65_HS1-834228961_62-HQ-83894_Section_5
Agency: FBI
Page 121
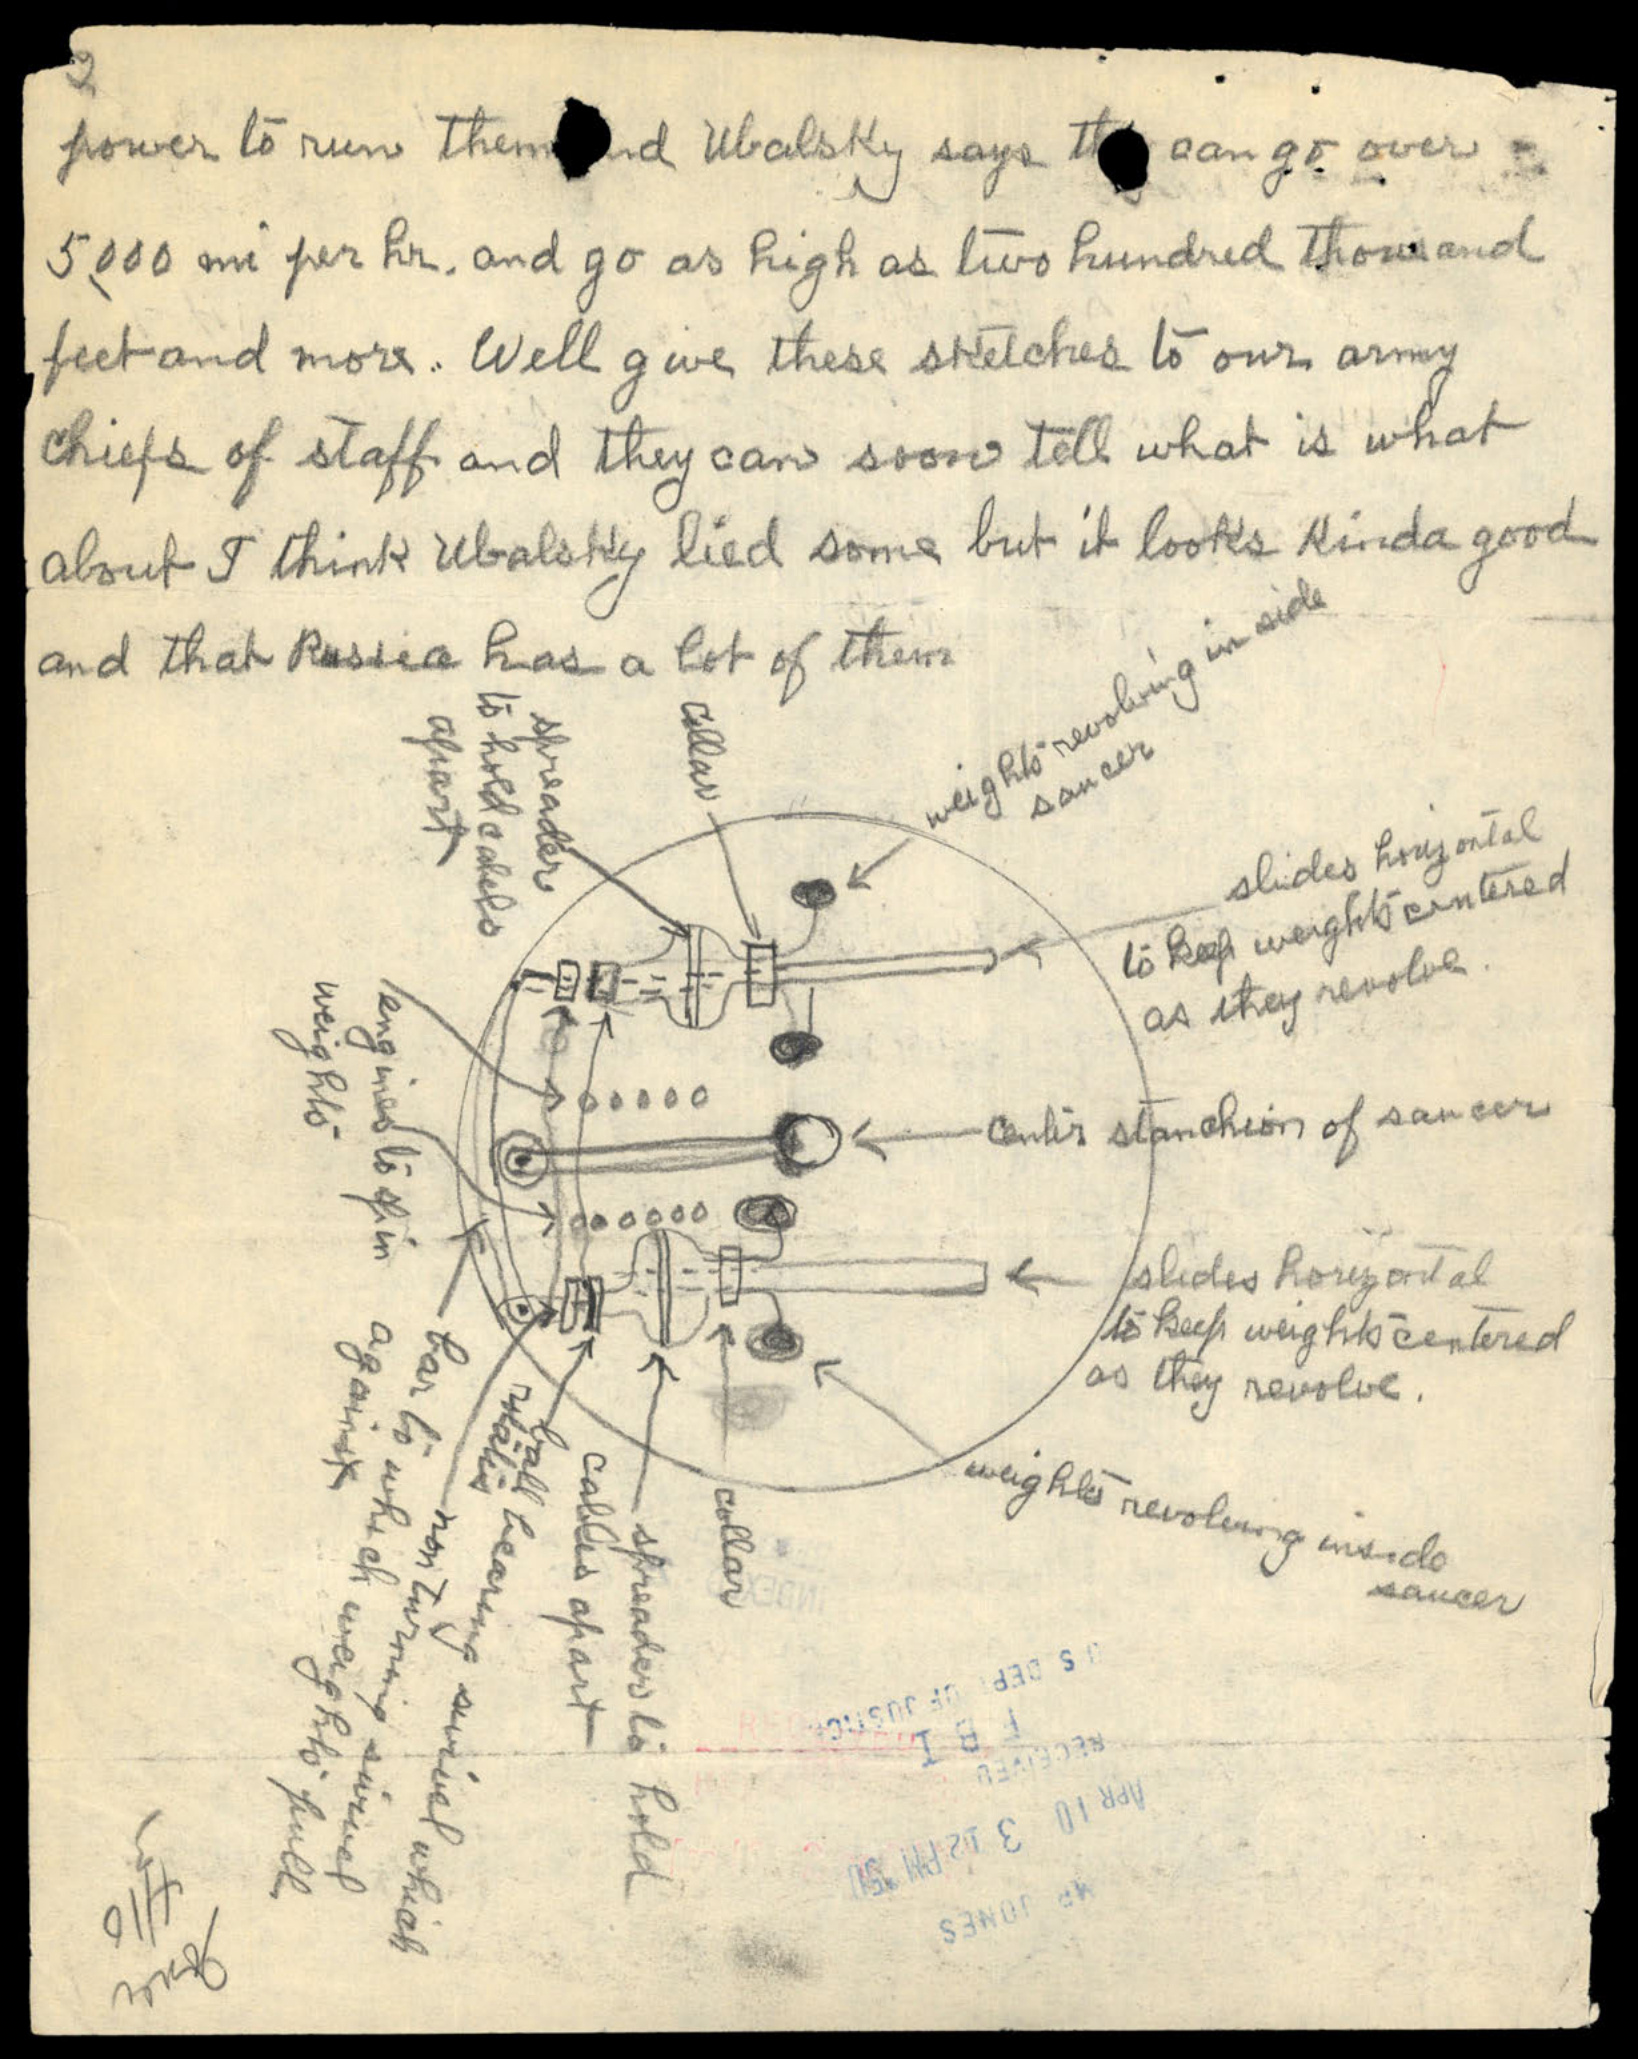